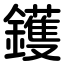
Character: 鑊